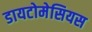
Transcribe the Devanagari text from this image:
डायटोमेसियस